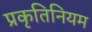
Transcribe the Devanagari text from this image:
प्रकृतिनियम